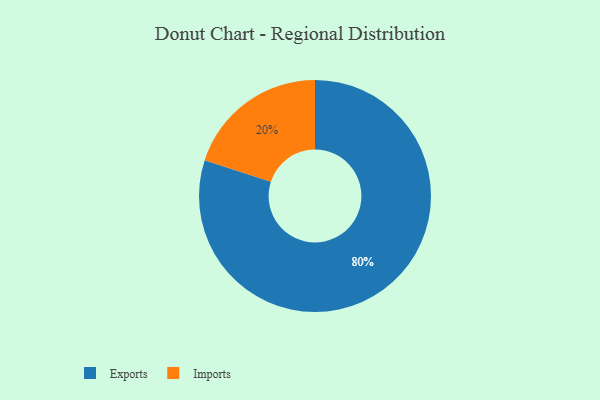
{"axis": {"x": "Category", "y": "Percentage"}, "legend": ["Exports", "Imports"], "data": [{"x": "Imports", "y": 20, "type": "Imports"}, {"x": "Exports", "y": 80, "type": "Exports"}]}